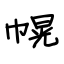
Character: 幌